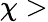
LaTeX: \chi>